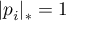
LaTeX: | p _ { i } | _ { * } = 1